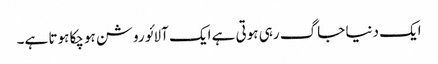
ایک دنیا جاگ رہی ہوتی ہے ایک آلائو روشن ہوچکا ہوتا ہے۔